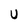
Character: U